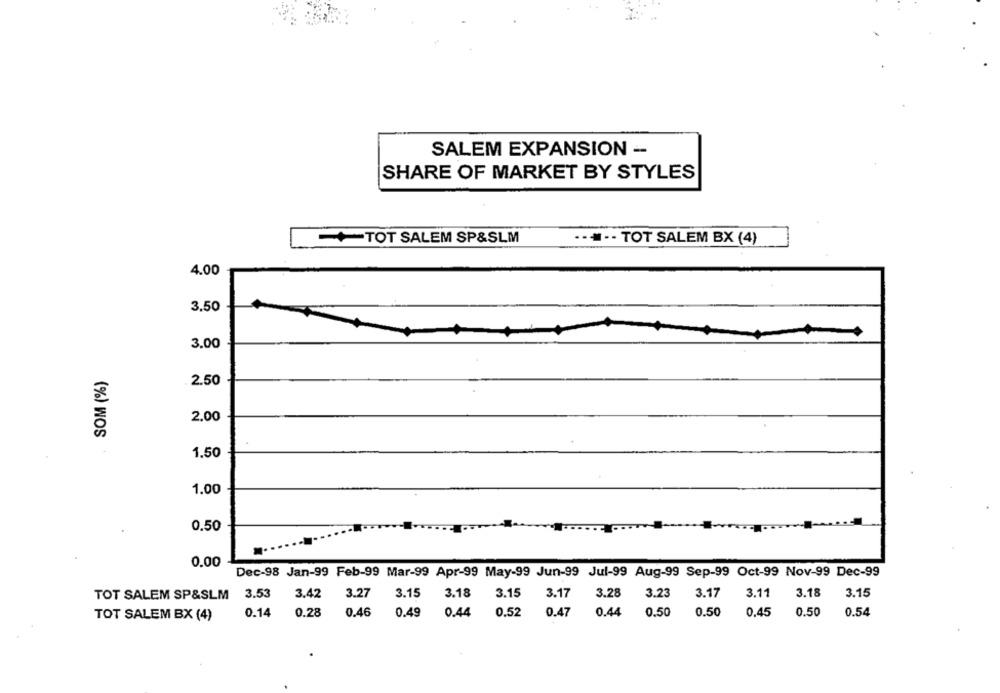
SALEM EXPANSION -
SHARE OF MARKET BY STYLES
+TOT SALEM SP&SLM
....- TOT SALEM BX (4)
4.00
3.50
3.00
SOM (%)
2.50
2.00
1.50
1.00
0.50
0.00
Dec-98 Jan-99 Feb-99 Mar-99 Apr-99 May-99 Jun-99 Jul-99 Aug-99 Sep-99 Oct-99 Nov-99 Dec-99
TOT SALEM SP&SLM
3.53
3.42
3.27
3.15
3.18
3.15
3.17 3.28
3.23
3.17
3.11
3.18
3.15
TOT SALEM BX (4)
0.14
0.28
0.46
0.49
0.44
0.52
0.47
0.44
0.50
0.50
0,45
0.50
0.54